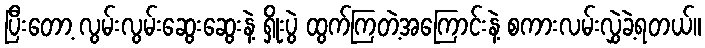
ပြီးတော့ လွမ်းလွမ်းဆွေးဆွေးနဲ့ ရှိုးပွဲ ထွက်ကြတဲ့အကြောင်းနဲ့ စကားလမ်းလွှဲခဲ့ရတယ်။